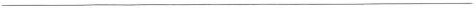
___